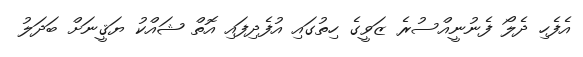
އެފެހި ދެލޯ ފެނުނީއްސުރެ ޒަވީގެ ހިތުގައި އުފެދިފައި އޮތް ޝައްކު ޔަޤީނަށް ބަދަލު